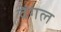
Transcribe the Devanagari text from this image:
वेंगल